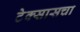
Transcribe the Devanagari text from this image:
टेक्सासचा